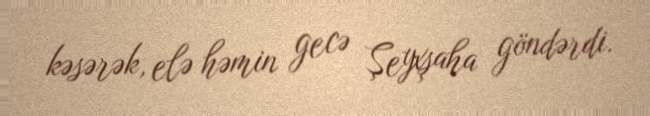
kəsərək, elə həmin gecə Şeyxşaha göndərdi.